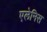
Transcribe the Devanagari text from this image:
एलेनिस